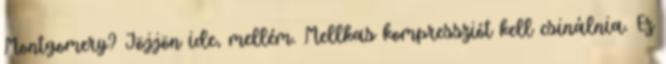
Montgomery? Jöjjön ide, mellém. Mellkas kompressziót kell csinálnia. Ez